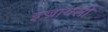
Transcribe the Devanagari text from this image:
इज्रायली